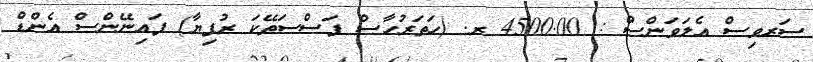
ސަރވިސް އެލަވަންސް : 4500.00 ރ. (ހަތަރުހާސް ފަސްސަތޭކަ ރުފިޔާ) ފައިނޭންސް އެންޑް